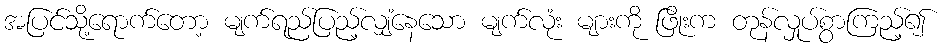
အပြင်သို့ရောက်တော့ မျက်ရည်ပြည့်လျှံနေသော မျက်လုံး များကို ဖြိုးက တုန်လှုပ်စွာကြည့်၍